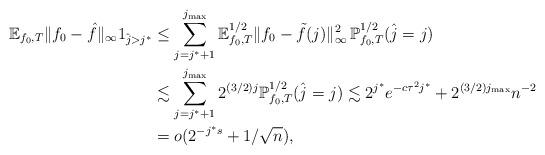
LaTeX: \begin{align*}\mathbb{E}_{f_0,T}\|f_0-\hat{f}\|_\infty 1_{\hat{j}> j^*}&\leq \sum_{j=j^*+1}^{j_{\max}} \mathbb{E}_{f_0,T}^{1/2}\|f_0-\tilde{f}(j)\|_\infty^2\, \mathbb{P}_{f_0,T}^{1/2}(\hat{j}=j)\\& \lesssim \sum_{j=j^*+1}^{j_{\max}} 2^{(3/2)j} \mathbb{P}_{f_0,T}^{1/2}(\hat{j}=j)\lesssim2^{j^*}e^{-c\tau^2 j^*}+2^{(3/2)j_{\max}} n^{-2}\\&=o( 2^{- j^*s}+1/\sqrt{n}),\end{align*}